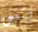
يتبق